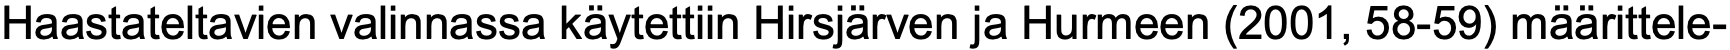
Haastateltavien valinnassa käytettiin Hirsjärven ja Hurmeen (2001, 58-59) määrittele-